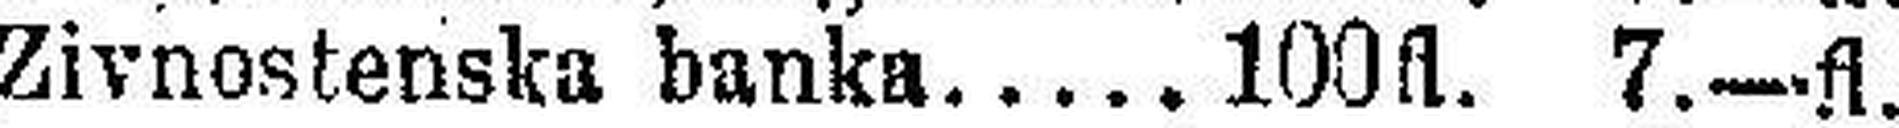
Zivnostenska banka 100fl. 7.—fl.